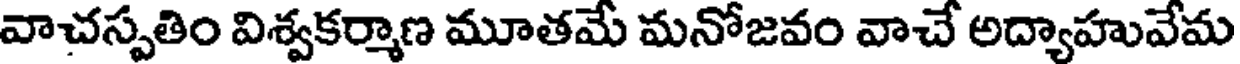
వాచస్పతిం విశ్వకర్మాణ మూతమే మనోజవం వాచే అద్యాహువేమ